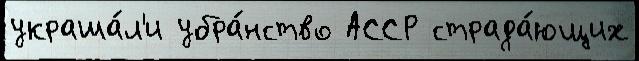
украша́л'и убра́нство АССР страда́ющих